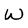
Character: W